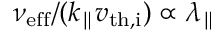
\nu _ { \mathrm { e f f } } / ( k _ { \parallel } v _ { \mathrm { t h , i } } ) \propto \lambda _ { \parallel }